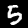
Digit: 5